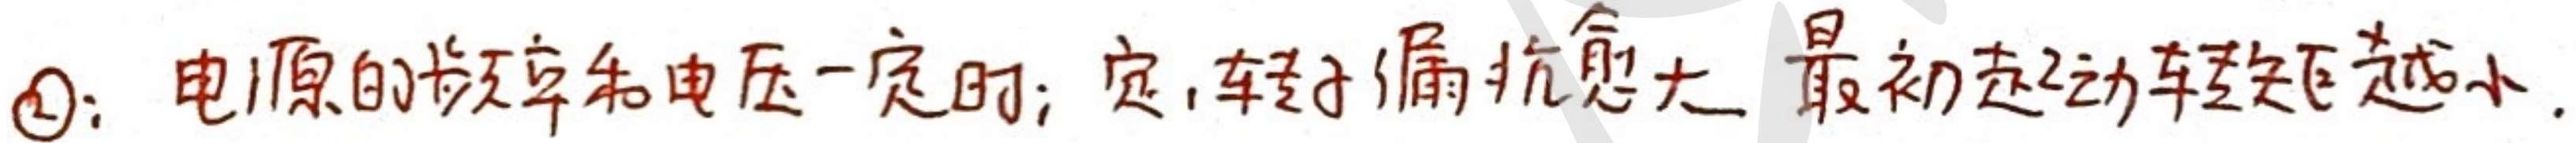
\textcircled{2}：电源的频率和电压一定时；定，转子漏抗愈大，最初起动转矩愈小。